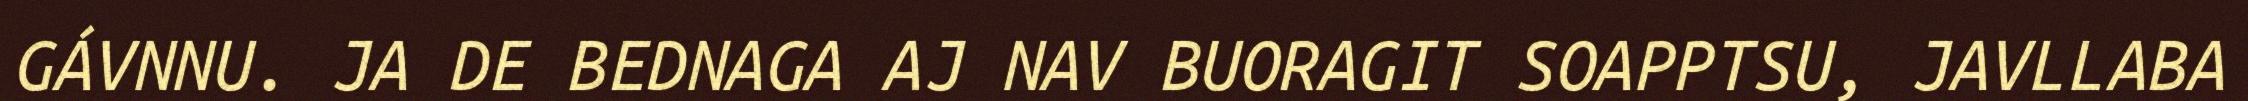
GÁVNNU. JA DE BEDNAGA AJ NAV BUORAGIT SOAPPTSU, JAVLLABA